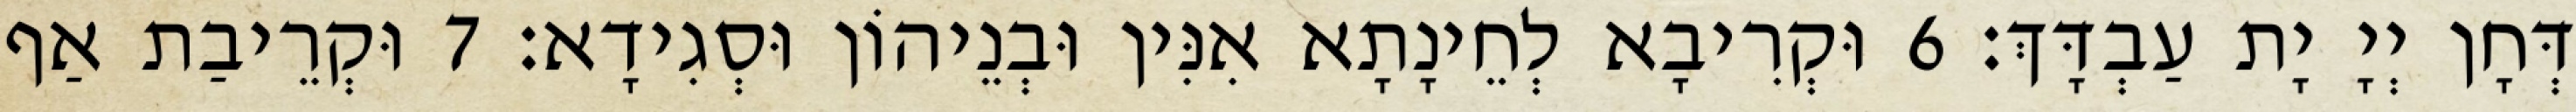
דְּחָן יְיָ יָת עַבְדָּךְ׃ 6 וּקְרִיבָא לְחֵינָתָא אִנִּין וּבְנֵיהוֹן וּסְגִידָא׃ 7 וּקְרֵיבַת אַף